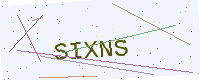
Text: SIXNS